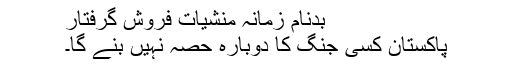
بدنامِ زمانہ منشیات فروش گرفتار
پاکستان کسی جنگ کا دوبارہ حصہ نہیں بنے گا۔